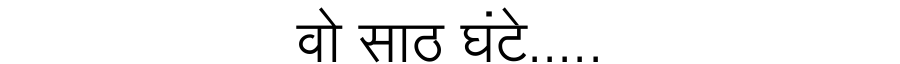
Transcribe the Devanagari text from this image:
वो साठ घंटे.....